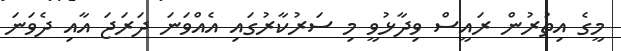
މީގެ އިތުރުން ރައީސް ވިދާޅުވީ މި ސަރުކާރުގައި އެއްވަނަ ދަރަޖަ އާއި ދެވަނަ